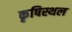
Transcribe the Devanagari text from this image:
कृषिस्थल